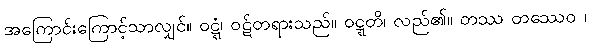
အကြောင်းကြောင့်သာလျှင်။ ဝဋ္ဋံ၊ ဝဋ်တရားသည်။ ဝဋ္ဋတိ၊ လည်၏။ တဿ တဿေဝ ၊